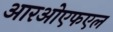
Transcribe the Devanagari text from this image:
आरओएफएल